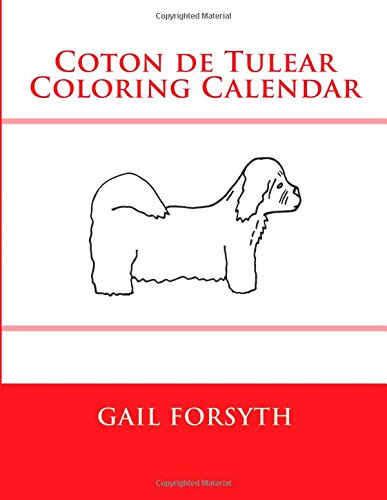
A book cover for Coton de Tulear Coloring Calendar; Gail Forsyth; Calendars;